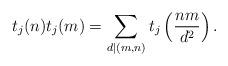
LaTeX: \begin{align*}t_{j}(n)t_{j}(m)=\sum_{d|(m,n)}t_{j}\left( \frac{nm}{d^2}\right).\end{align*}